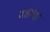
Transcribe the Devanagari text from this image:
जलबेड़ा